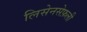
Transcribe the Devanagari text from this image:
लिसेनसेफ़ली